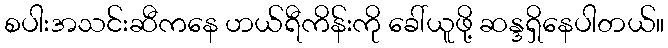
စပါးအသင်းဆီကနေ ဟယ်ရီကိန်းကို ခေါ်ယူဖို့ ဆန္ဒရှိနေပါတယ်။